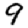
Digit: 9